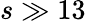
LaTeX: s\gg 13